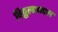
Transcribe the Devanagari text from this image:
विठ्ठलाबद्दल